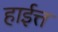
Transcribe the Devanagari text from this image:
हाईत्त